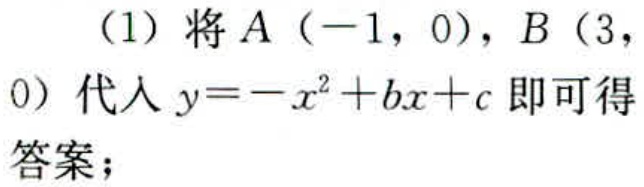
（1）将\(A(-1,0)\)，\(B(3,0)\)代入\(y = -x^{2}+bx + c\)即可得答案；